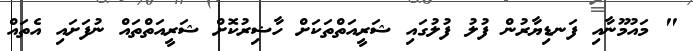
" މައުމޫނާއި ފަނޑިޔާރުން ފުލު ފުލުގައި ޝަރީއަތްތަކަށް ހާޟިރުކޮށް ޝަރީއަތްތައް ނުފަށައި އެތައް